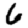
Digit: 6